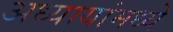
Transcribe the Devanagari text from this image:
अध्यायांमध्ये